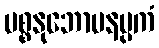
ပစ္စနုဘောမနပ္ပကံ